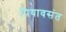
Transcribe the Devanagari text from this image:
पियावसंत